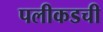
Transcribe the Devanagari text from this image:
पलीकडची